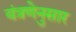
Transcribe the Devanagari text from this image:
यंत्रणेनुसार